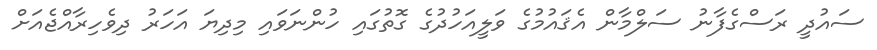
ސައުދީ ރަސްގެފާނު ސަލްމާން އެޤައުމުގެ ވަލީއަހުދުގެ ގޮތުގައި ހުންނަވައި މިދިޔަ އަހަރު ދިވެހިރާއްޖެއަށް